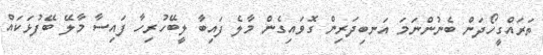
ތަރައްގީހޯދަން ބެނުންނަމަ އަނބިދަރިން ގޮވައިގެން މާލެ ފައިބާ ލީބޭހުރިހާ ފައިސާ މާލޭ ބޭފުޅަކައް